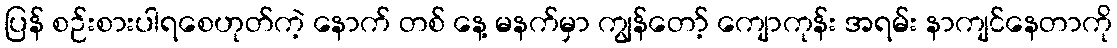
ပြန် စဉ်းစားပါရစေဟုတ်ကဲ့ နောက် တစ် နေ့ မနက်မှာ ကျွန်တော့် ကျောကုန်း အရမ်း နာကျင်နေတာကို